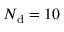
N _ { \mathrm { d } } = 1 0